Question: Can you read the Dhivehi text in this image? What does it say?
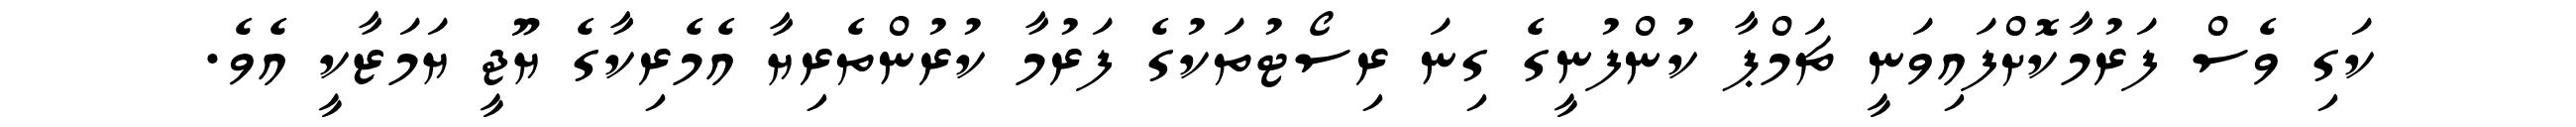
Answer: ކަގި ވެސް ފަރުމާކޮށްފައިވަނީ ޗަމްޕާ ކުންފުނީގެ ގިނަ ރިސޯޓުތަކުގެ ފަރުމާ ކުރުންތެރިޔާ އެމެރިކާގެ ޔޫޖީ ޔަމަޒާކީ އެވެ.